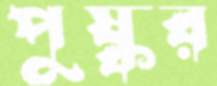
পুষ্কর